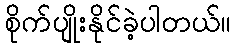
စိုက်ပျိုးနိုင်ခဲ့ပါတယ်။